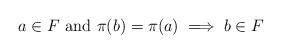
LaTeX: \begin{align*}a \in F \textup{ and } \pi(b) = \pi(a) \implies b \in F\end{align*}